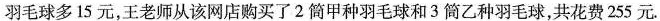
羽毛球多15元，王老师从该网店购买了2筒甲种羽毛球和3筒乙种羽毛球，共花费255元。